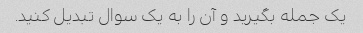
یک جمله بگیرید و آن را به یک سوال تبدیل کنید.